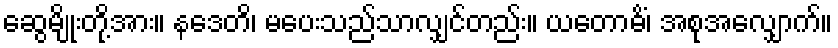
ဆွေမျိုးတို့အား။ နဒေတိ၊ မပေးသည်သာလျှင်တည်း။ ယတောဓိံ၊ အစုအလျှောက်။